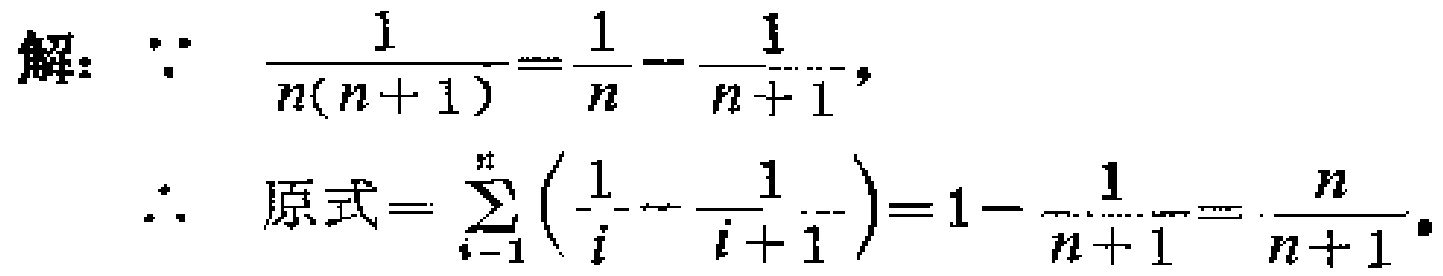
解：\(\because \frac{1}{n(n + 1)}=\frac{1}{n}-\frac{1}{n + 1}\)，
\(\therefore\)原式\(=\sum_{i = 1}^{n}\left(\frac{1}{i}-\frac{1}{i + 1}\right)=1-\frac{1}{n + 1}=\frac{n}{n + 1}\)。